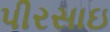
પીરસાઇ